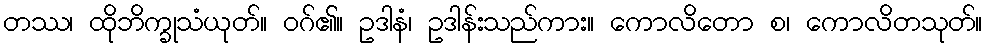
တဿ၊ ထိုဘိက္ခုသံယုတ်။ ဝဂ်၏။ ဥဒါနံ၊ ဥဒါန်းသည်ကား။ ကောလိတော စ၊ ကောလိတသုတ်။